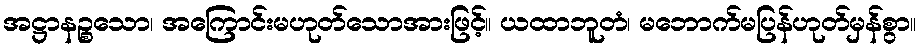
အဋ္ဌာနဉ္စသော၊ အကြောင်းမဟုတ်သောအားဖြင့်။ ယထာဘူတံ၊ မဘောက်မပြန်ဟုတ်မှန်စွာ။